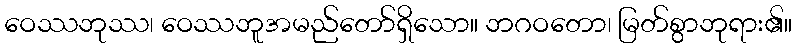
ဝေဿဘုဿ၊ ဝေဿဘူအမည်တော်ရှိသော။ ဘဂဝတော၊ မြတ်စွာဘုရား၏။